Plague in India, 1896, 1897 - Volume 2
Year: 1896
Disease focus: Plague
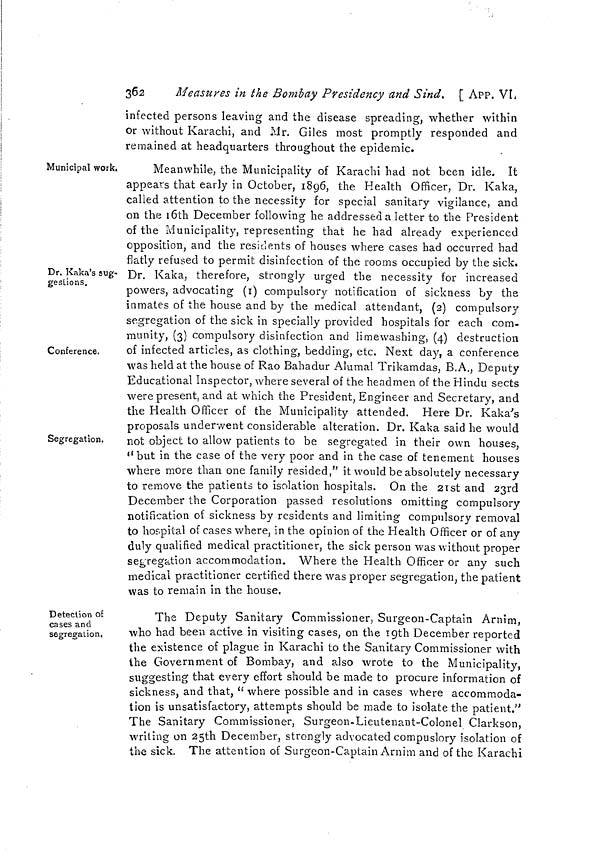
362
Measures in the Bombay Presidency and Sind. [ APP. VL
infected persons leaving and the disease spreading, whether within
or without Karachi, and Mr. Giles most promptly responded and
remained at headquarters throughout the epidemic.
Municipal work.
Dr. Kaka's sug-
gestions.
Conference.
Segregation.
Meanwhile, the Municipality of Karachi had not been idle. It
appears that early in October, 1896, the Health Officer, Dr. Kaka,
called attention to the necessity for special sanitary vigilance, and
on the 16th December following he addressed a letter to the President
of the Municipality, representing that he had already experienced
opposition, and the residents of houses where cases had occurred had
flatly refused to permit disinfection of the rooms occupied by the sick.
Dr. Kaka, therefore, strongly urged the necessity for increased
powers, advocating (1) compulsory notification of sickness by the
inmates of the house and by the medical attendant, (2) compulsory
segregation of the sick in specially provided hospitals for each com-
munity, (3) compulsory disinfection and limewashing, (4) destruction
of infected articles, as clothing, bedding, etc. Next day, a conference
was held at the house of Rao Bahadur Alumal Trikamdas, B.A., Deputy
Educational Inspector, where several of the headmen of the Hindu sects
were present, and at which the President, Engineer and Secretary, and
the Health Officer of the Municipality attended. Here Dr. Kaka's
proposals underwent considerable alteration. Dr. Kaka said he would
not object to allow patients to be segregated in their own houses,
"but in the case of the very poor and in the case of tenement houses
where more than one family resided," it would be absolutely necessary
to remove the patients to isolation hospitals. On the 21st and 23rd
December the Corporation passed resolutions omitting compulsory
notification of sickness by residents and limiting compulsory removal
to hospital of cases where, in the opinion of the Health Officer or of any
duly qualified medical practitioner, the sick person was without proper
segregation accommodation. Where the Health Officer or any such
medical practitioner certified there was proper segregation, the patient
was to remain in the house.
Detection of
cases and
segregation.
The Deputy Sanitary Commissioner, Surgeon-Captain Arnim,
who had been active in visiting cases, on the 19th December reported
the existence of plague in Karachi to the Sanitary Commissioner with
the Government of Bombay, and also wrote to the Municipality,
suggesting that every effort should be made to procure information of
sickness, and that, " where possible and in cases where accommoda-
tion is unsatisfactory, attempts should be made to isolate the patient."
The Sanitary Commissioner, Surgeon-Lieutenant-Colonel Clarkson,
writing on 25th December, strongly advocated compuslory isolation of
the sick. The attention of Surgeon-Captain Arnim and of the Karachi